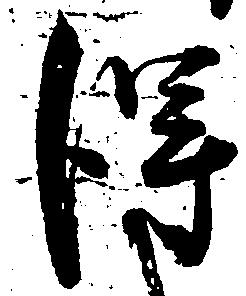
得